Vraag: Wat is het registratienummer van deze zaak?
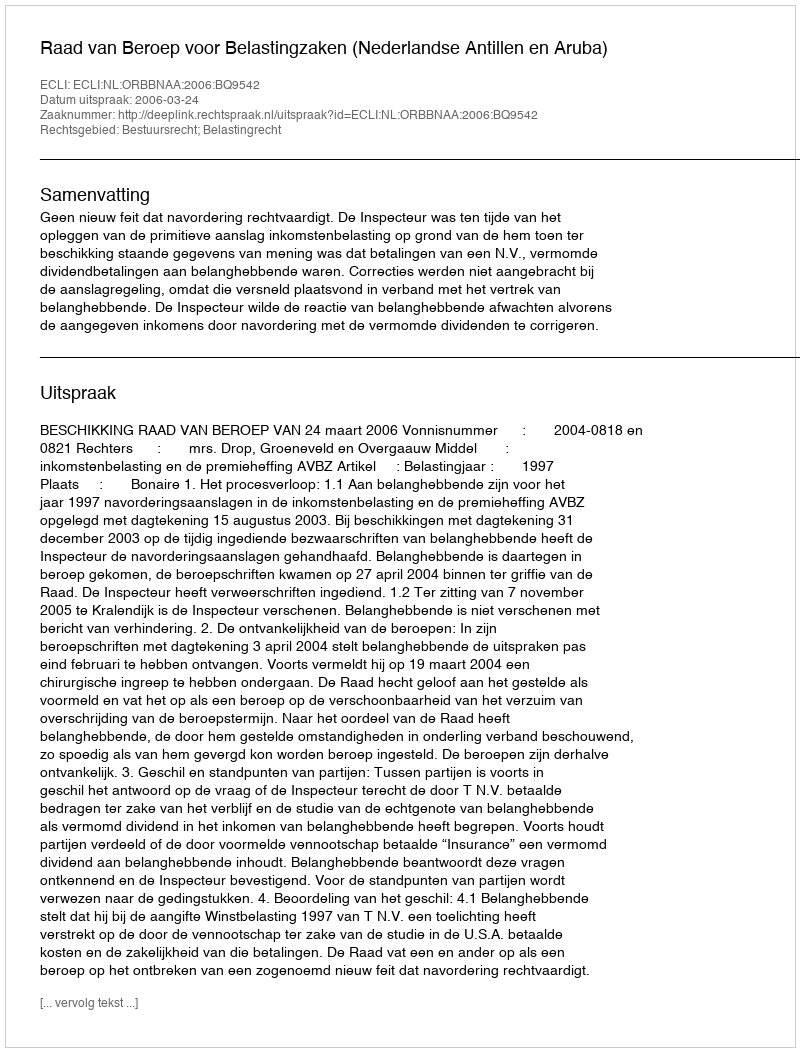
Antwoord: http://deeplink.rechtspraak.nl/uitspraak?id=ECLI:NL:ORBBNAA:2006:BQ9542